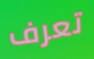
تعرف